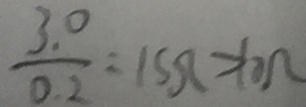
\frac { 3 . 0 } { 0 . 2 } = 1 5 \Omega > 1 0 \Omega